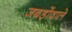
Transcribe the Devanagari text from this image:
जबड़ोंवाले